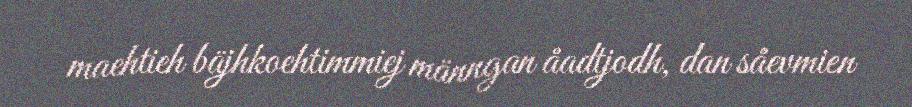
maehtieh bäjhkoehtimmiej männgan åadtjodh, dan såevmien